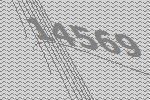
14569